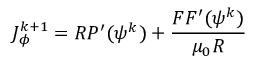
J _ { \phi } ^ { k + 1 } = R P ^ { \prime } ( \psi ^ { k } ) + \frac { F F ^ { \prime } ( \psi ^ { k } ) } { \mu _ { 0 } R }